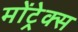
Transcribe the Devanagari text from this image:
मोंट्रेक्स